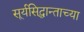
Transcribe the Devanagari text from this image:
सूर्यसिद्धान्ताच्या